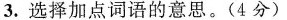
3.选择加点词语的意思。(4分）